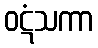
ဝဋံသကာ